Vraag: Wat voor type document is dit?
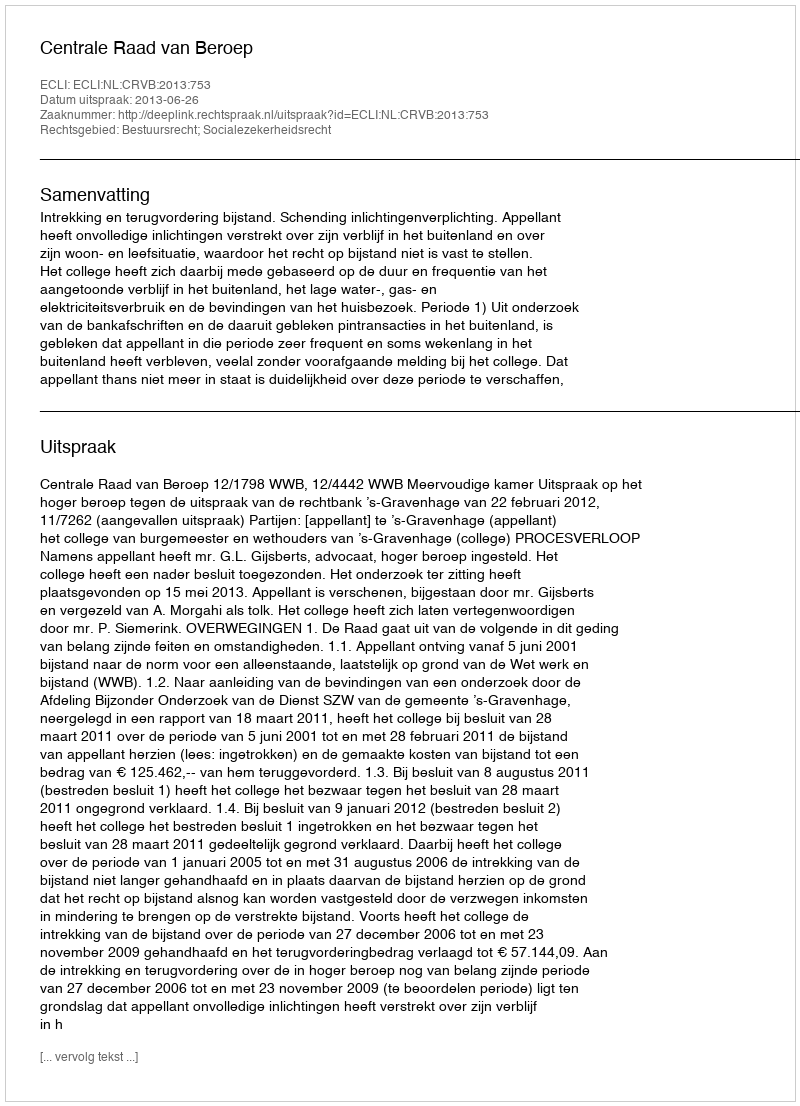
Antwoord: Uitspraak